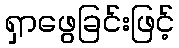
ရှာဖွေခြင်းဖြင့်